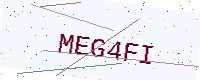
Text: MEG4FI